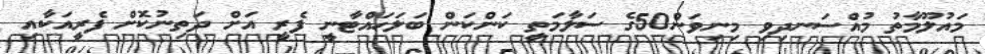
މައުލޫމާތު މުއްސަނދިވި މިނިވަން50ގެ ސަލާމަތީ ކަންކަން ބަލަހައްޓާނީ ފެރީ އަށް ދަތިނުކޮށް ފެރީއަކާއި